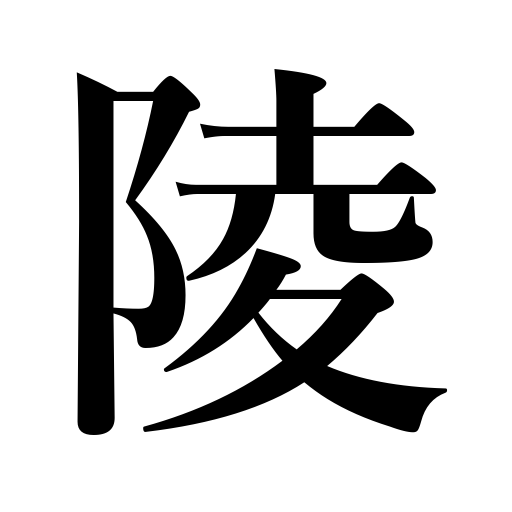
Meanings: imperial tomb